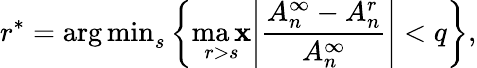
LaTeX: r^{\ast}={\arg\operatorname*{min}}_{s}\left\{ \operatorname*{ma\mathbf{x}}_{r>s}{\left|\frac{{A_{n}^{\infty}-A_{n}^{r}}}{{A_{n}^{\infty}}}\right|}<q\right\} ,